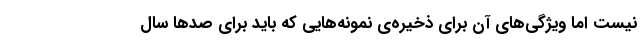
نیست اما ویژگی‌های آن برای ذخیره‌ی نمونه‌هایی که باید برای صدها سال